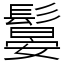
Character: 䰋